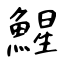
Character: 鯹